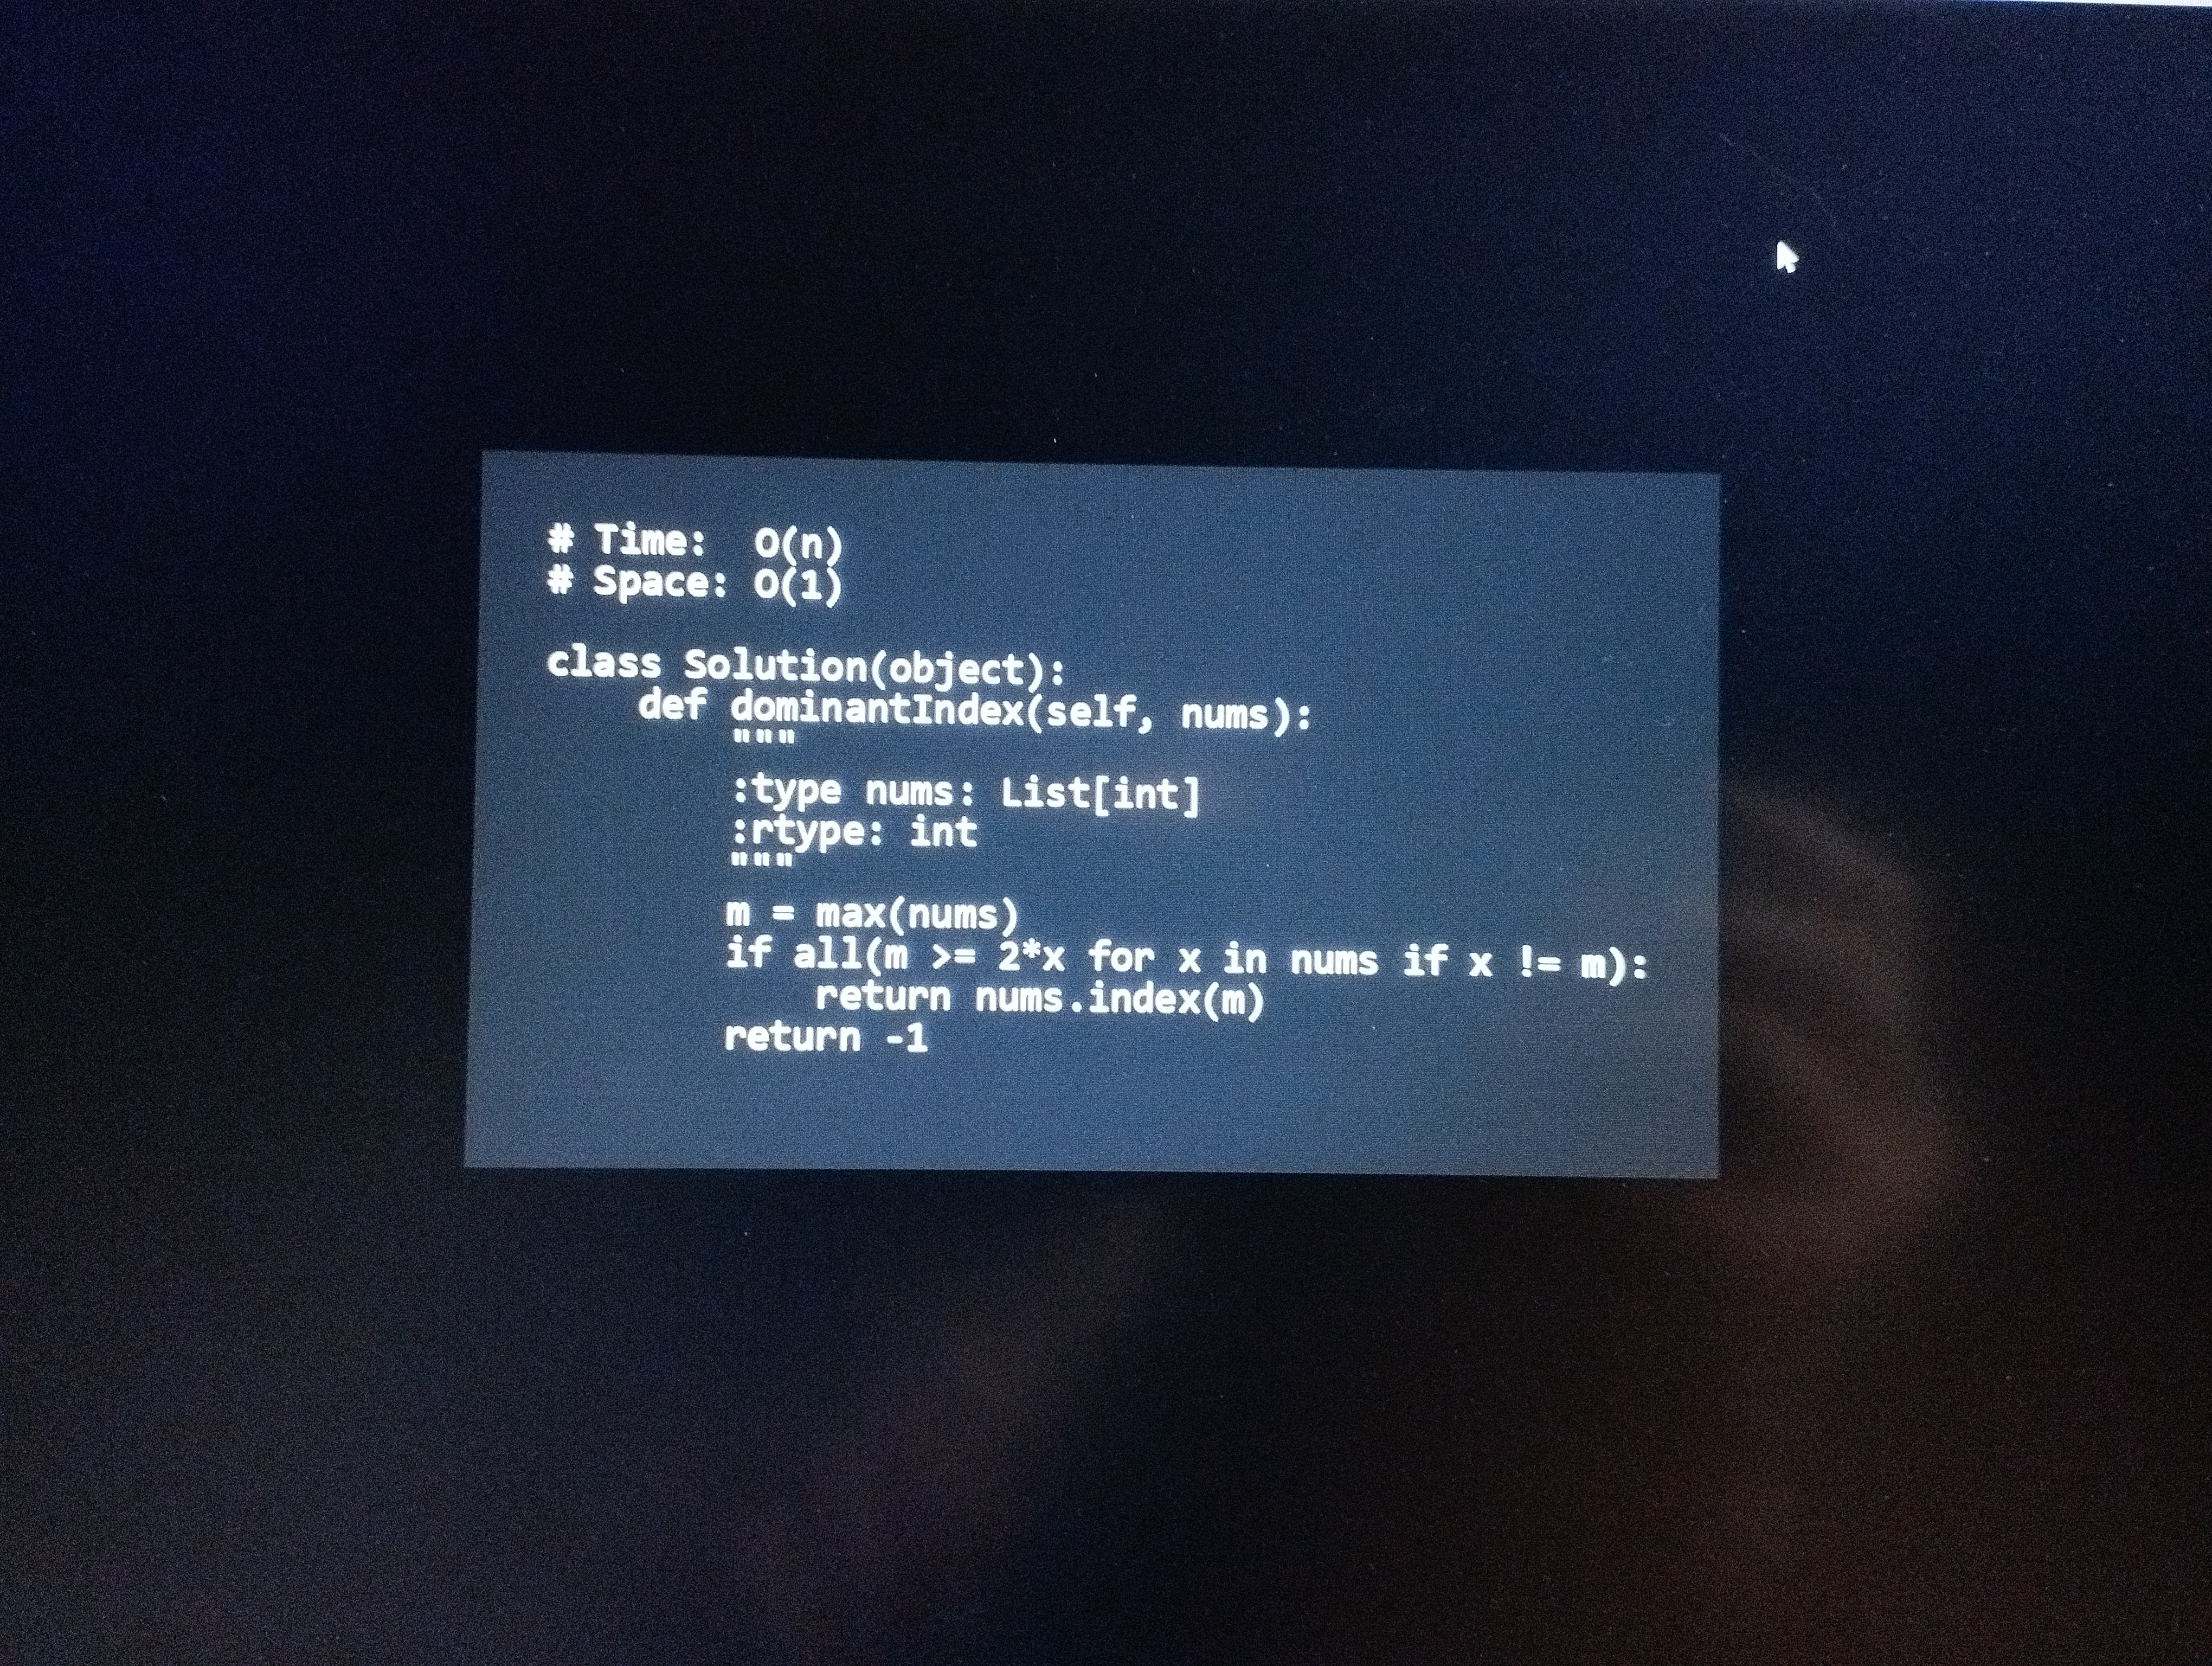
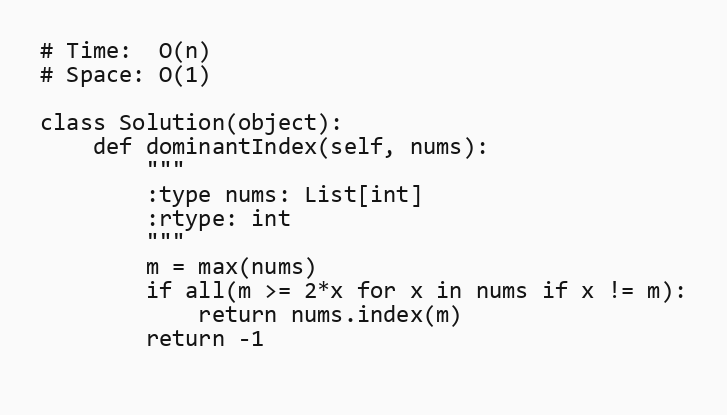
# Time:  O(n)
# Space: O(1)

class Solution(object):
    def dominantIndex(self, nums):
        """
        :type nums: List[int]
        :rtype: int
        """
        m = max(nums)
        if all(m >= 2*x for x in nums if x != m):
            return nums.index(m)
        return -1